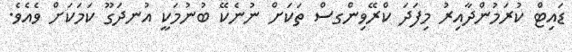
ޑައިޓް ކުރަމުންދާއިރު މިފަދަ ކްރޭވިންގސް ތަކަށް ނުނެކޭ ބުނުމަކީ އުނދަގޫ ކަމަކަށް ވެއެވެ.